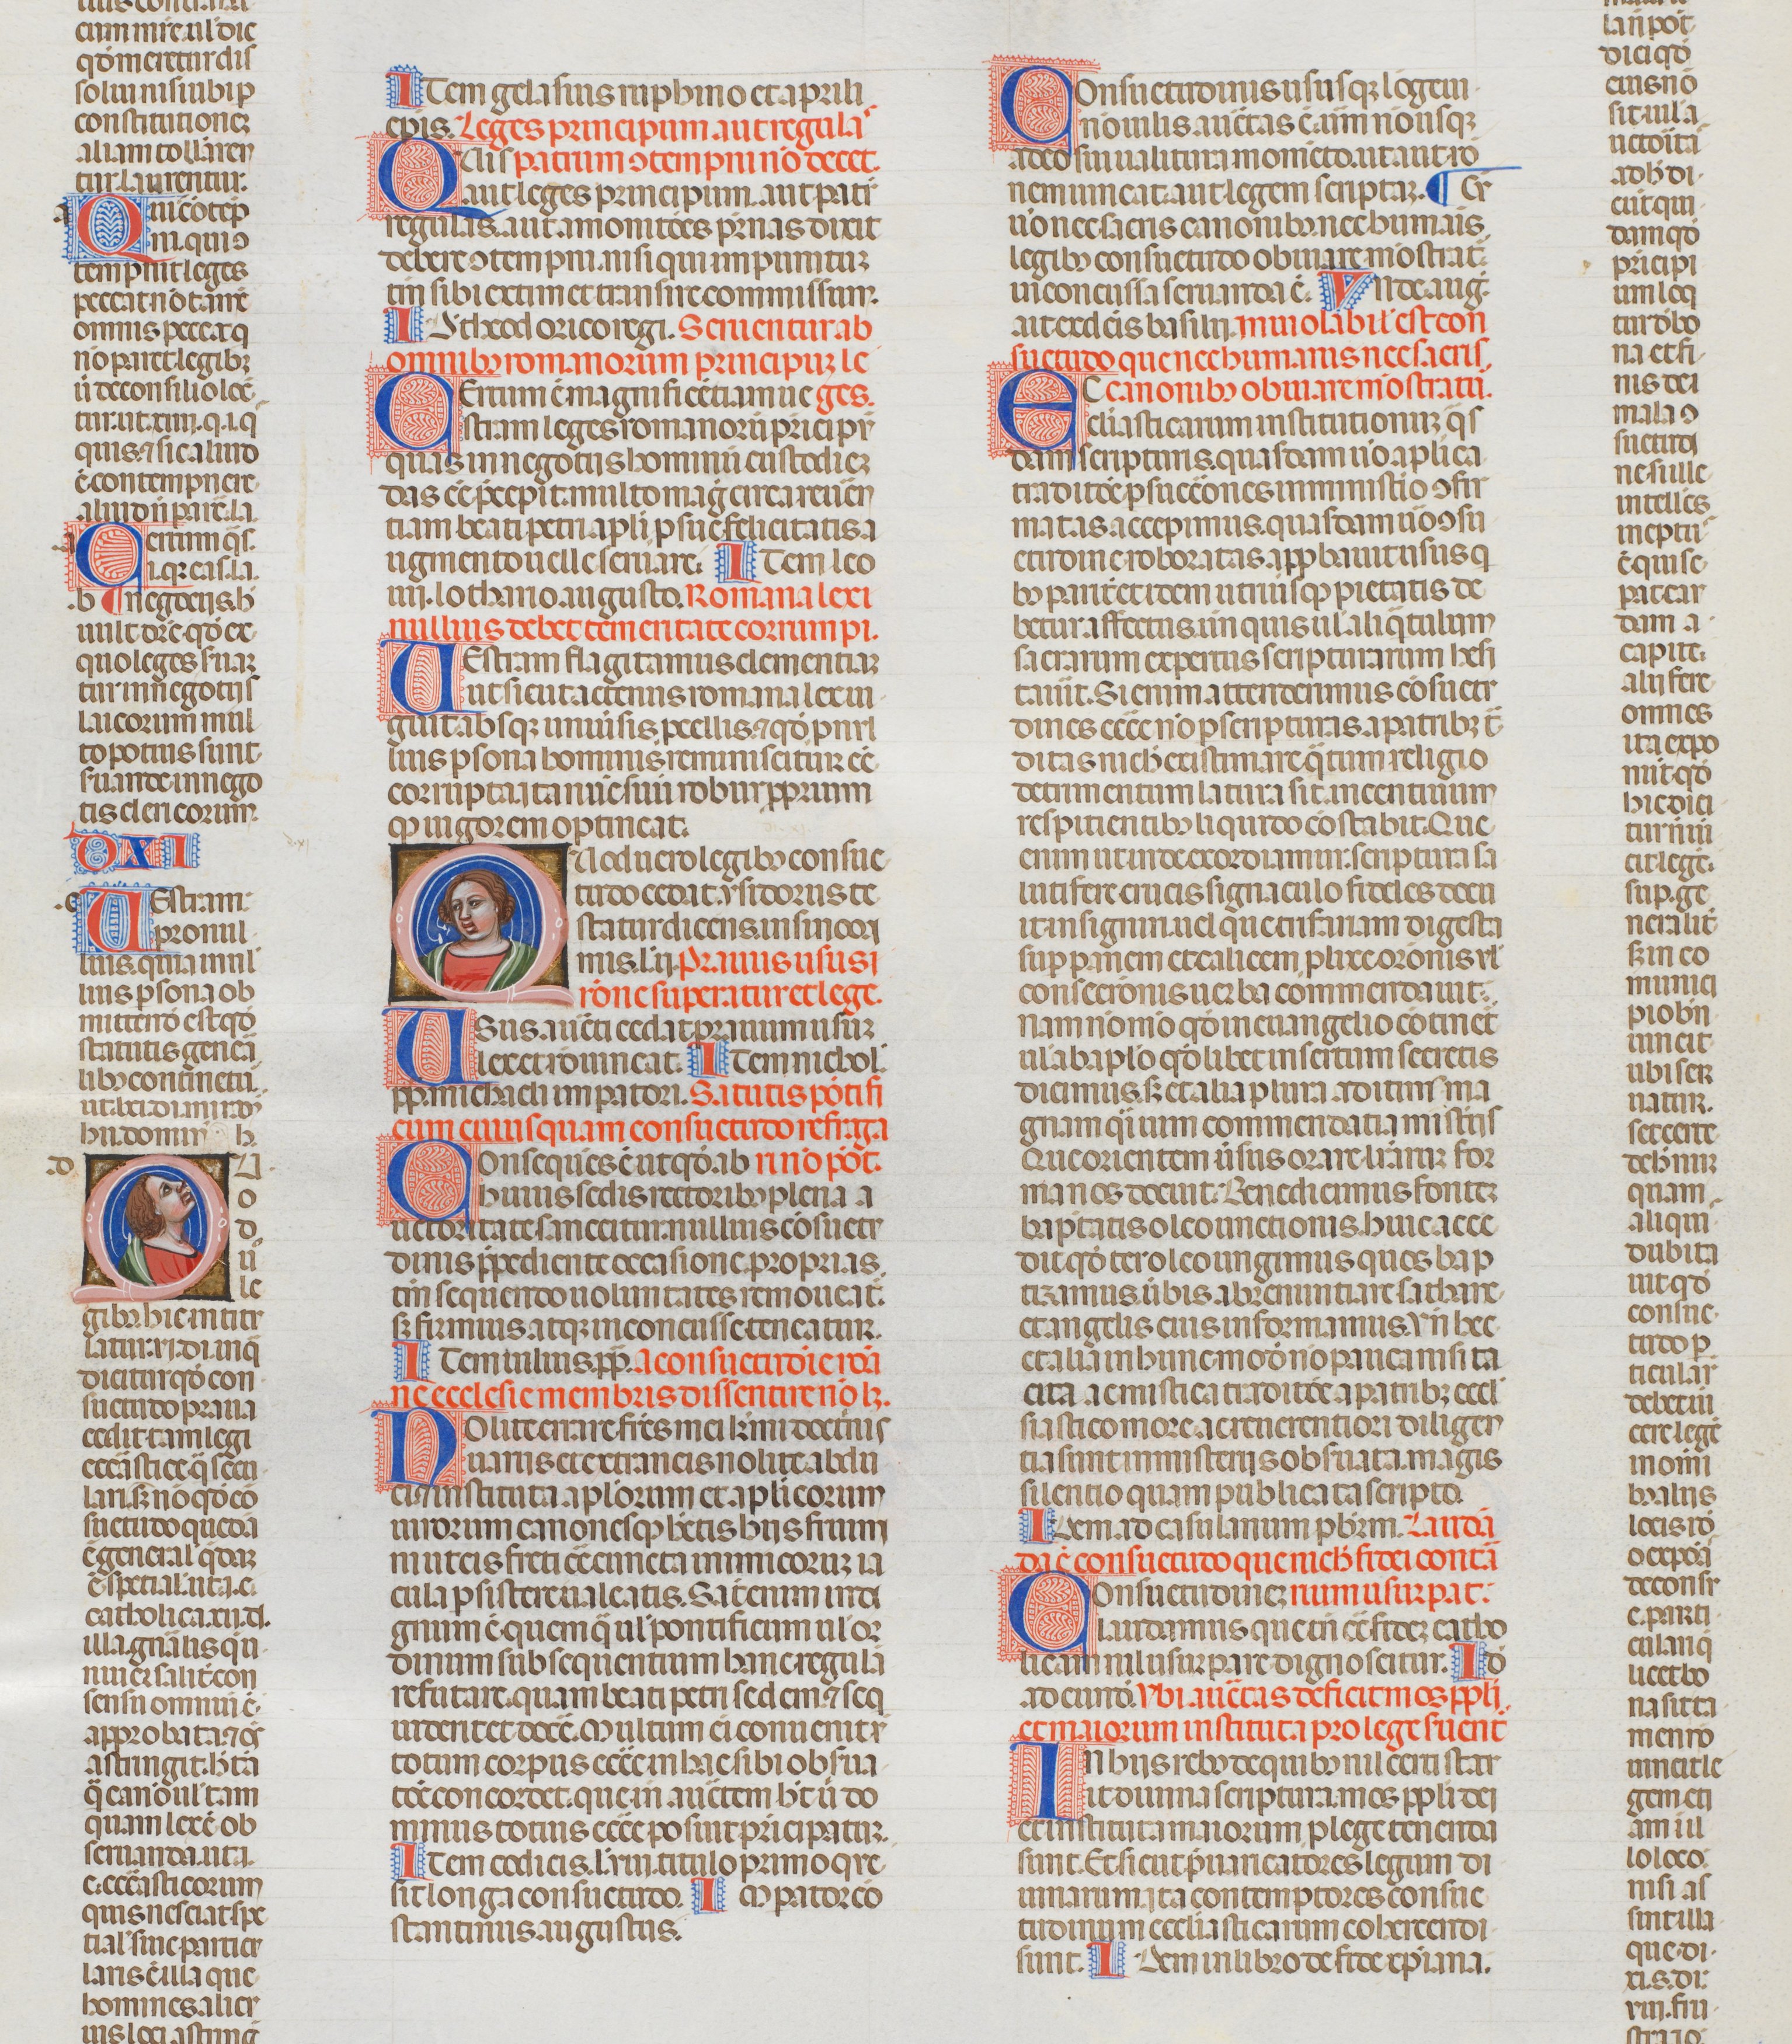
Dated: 1340–1350